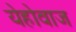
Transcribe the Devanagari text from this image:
येहोवाज